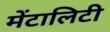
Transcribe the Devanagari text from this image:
मेंटालिटी